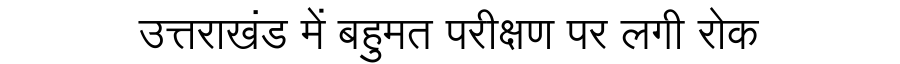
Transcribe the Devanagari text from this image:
उत्तराखंड में बहुमत परीक्षण पर लगी रोक